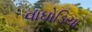
વાઘોડિયા